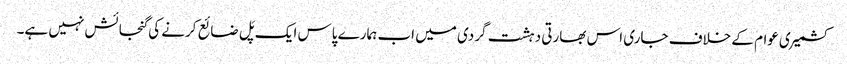
کشمیری عوام کے خلاف جاری اس بھارتی دہشت گردی میں اب ہمارے پاس ایک پَل ضائع کرنے کی گنجائش نہیں ہے۔